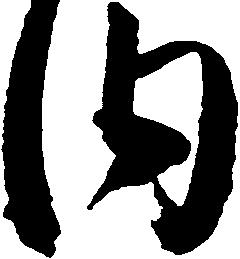
内